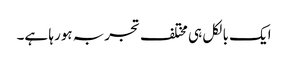
ایک بالکل ہی مختلف تجربہ ہورہا ہے۔